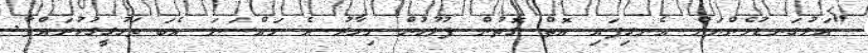
"އަޅުގަނޑުމެންނަށް އެނގިފައި އޮތް ގޮތުން ފުލުހުން މިހާރު އެ މައްސަލަ އެބަ ތަހުގީގުކުރައްވާ.